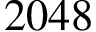
2 0 4 8